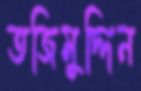
তজিমুদ্দিন